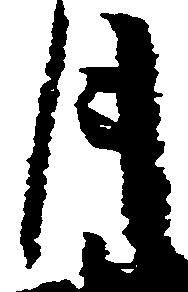
月